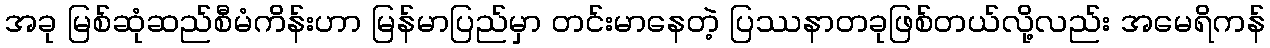
အခု မြစ်ဆုံဆည်စီမံကိန်းဟာ မြန်မာပြည်မှာ တင်းမာနေတဲ့ ပြဿနာတခုဖြစ်တယ်လို့လည်း အမေရိကန်